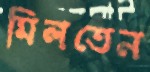
মিলতেন